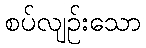
စပ်လျဉ်းသော